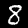
Label: 8